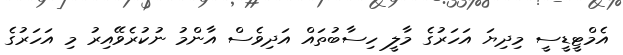
އެމްޓީޑީސީ މިދިޔަ އަހަރުގެ މާލީ ހިސާބުތައް އަދިވެސް އާންމު ނުކުރެވޭއިރު މި އަހަރުގެ